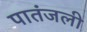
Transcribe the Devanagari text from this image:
पातंजली